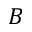
B